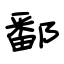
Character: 鄱